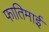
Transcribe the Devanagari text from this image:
फातिमाई